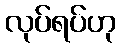
လုပ်ရပ်ဟု